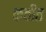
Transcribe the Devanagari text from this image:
कवींत